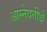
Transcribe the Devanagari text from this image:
आग्नेयतीर्थ